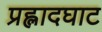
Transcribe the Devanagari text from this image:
प्रह्लादघाट